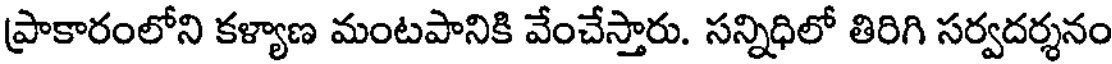
ప్రాకారంలోని కళ్యాణ మంటపానికి వేంచేస్తారు. సన్నిధిలో తిరిగి సర్వదర్శనం